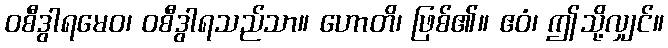
ဝစီဒွါရမေဝ၊ ဝစီဒွါရသည်သာ။ ဟောတိ၊ ဖြစ်၏။ ဧဝံ၊ ဤသို့လျှင်။